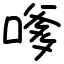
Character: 嗲